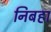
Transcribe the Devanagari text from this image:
निबहा